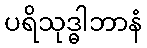
ပရိသုဒ္ဓါဘာနံ